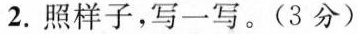
2. 照样子，写一写。(3分)